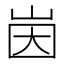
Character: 𱛤